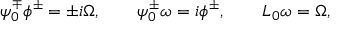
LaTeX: \psi _ { 0 } ^ { \mp } \phi ^ { \pm } = \pm i \Omega , \qquad \psi _ { 0 } ^ { \pm } \omega = i \phi ^ { \pm } , \qquad L _ { 0 } \omega = \Omega ,